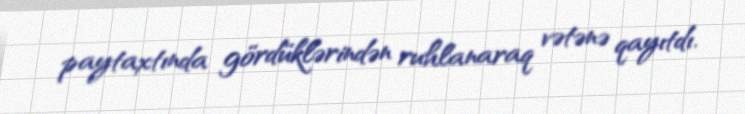
paytaxtında gördüklərindən ruhlanaraq vətənə qayıtdı.